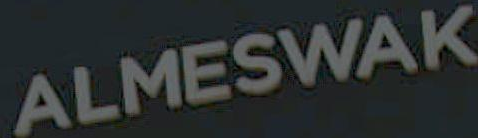
ALMESWAK